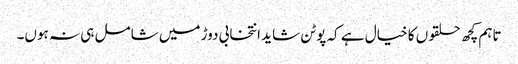
تاہم کچھ حلقوں کا خیال ہے کہ پوٹن شاید انتخابی دوڑ میں شامل ہی نہ ہوں۔